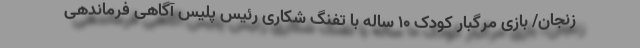
زنجان/ بازی مرگبار کودک 10 ساله با تفنگ شکاری رئیس پلیس آگاهی فرماندهی